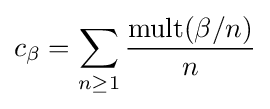
c_{\beta }=\sum _{n\geq 1}{\operatorname {mult} (\beta /n) \over n}